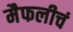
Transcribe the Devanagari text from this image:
मैफलीचं